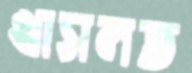
খাসলত